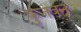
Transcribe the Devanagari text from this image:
कुंजवन